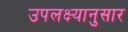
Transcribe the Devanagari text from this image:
उपलक्ष्यानुसार